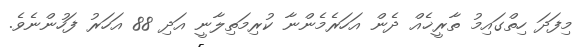
މިފަދަ ހިތްގައިމު ތާރީޚެއް ދެން އަހަރެމެންނާ ކުރިމަތިލާނީ އަދި 88 އަހަރު ފަހުންނެވެ.